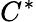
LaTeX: C^{\ast}